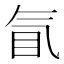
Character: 𰚿